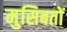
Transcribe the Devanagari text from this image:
मुसिबतों